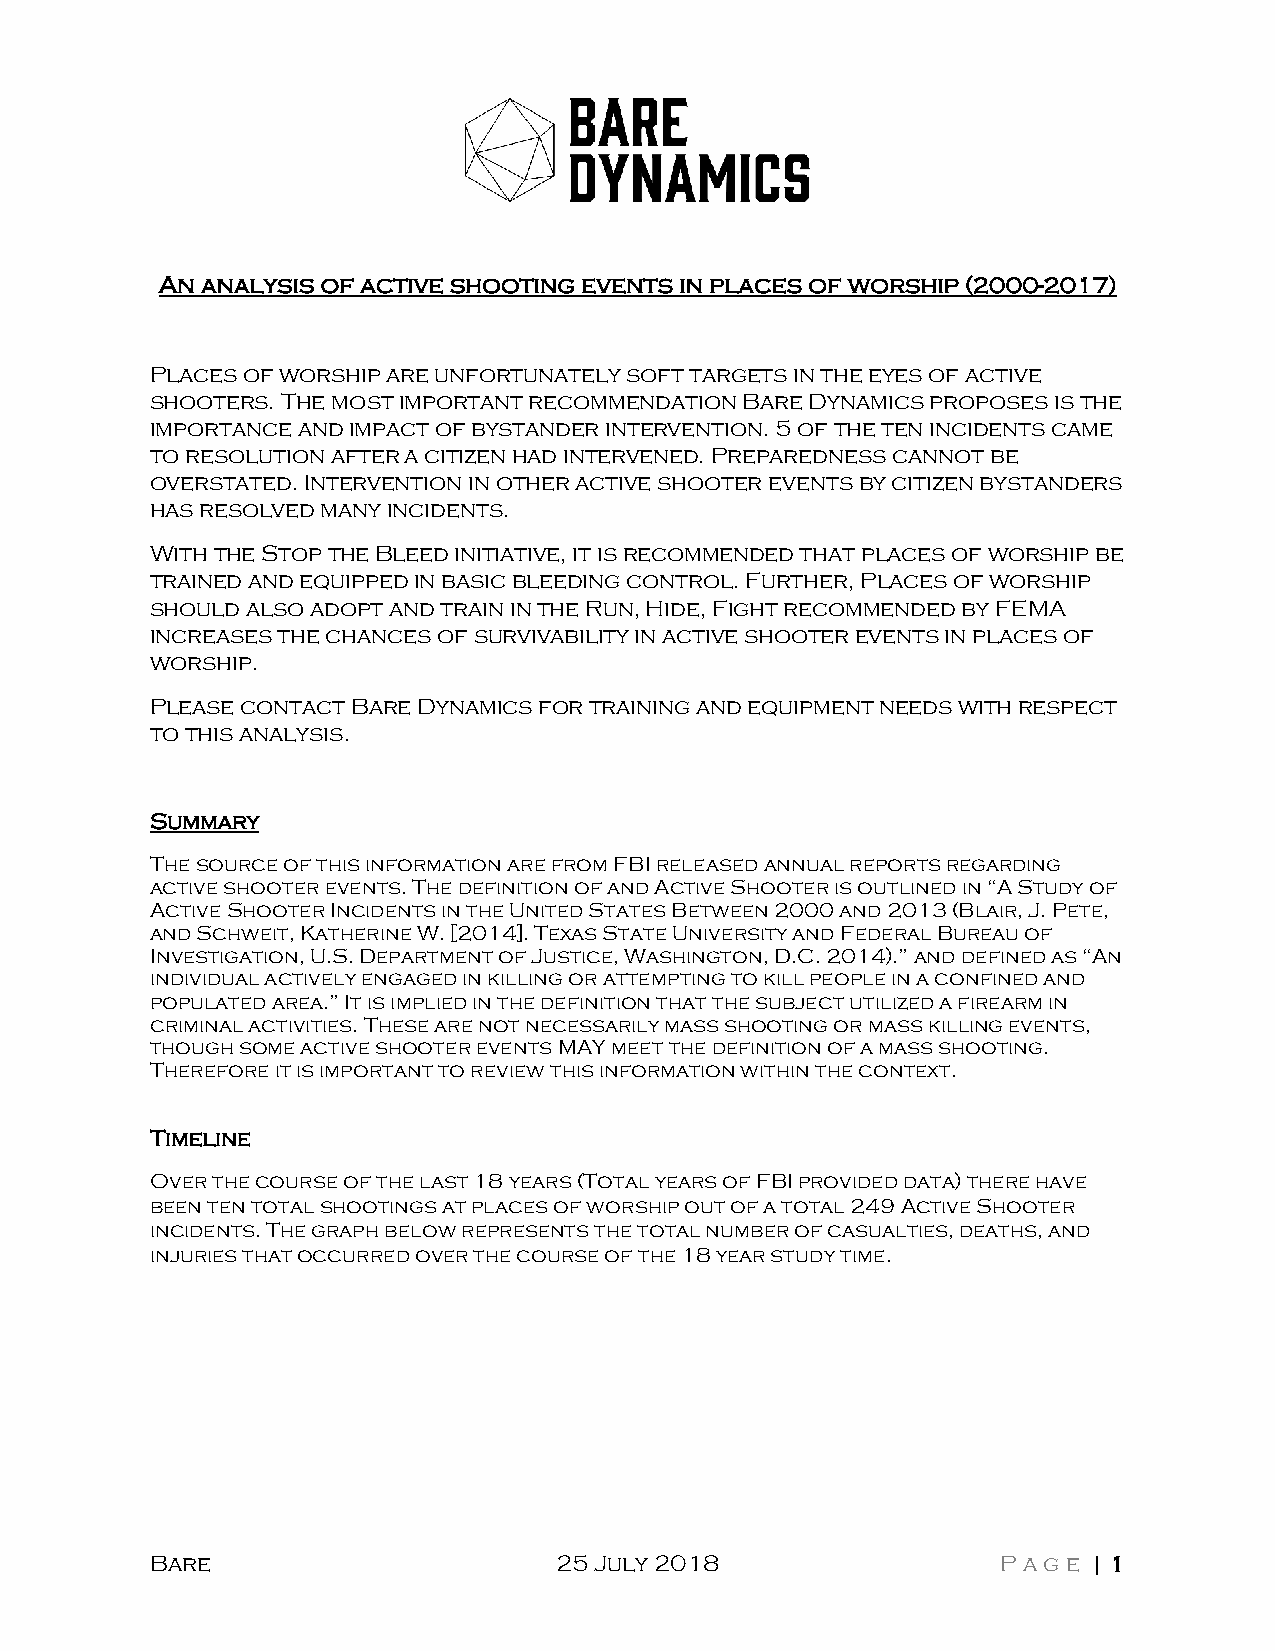
An analysis of active shooting events in places of worship (2000-2017)
 Places of worship are unfortunately soft targets in the eyes of active
 shooters. The most important recommendation Bare Dynamics proposes is the
 importance and impact of bystander intervention. 5 of the ten incidents came
 to resolution after a citizen had intervened. Preparedness cannot be
 overstated. Intervention in other active shooter events by citizen bystanders
 has resolved many incidents.
 With the Stop the Bleed initiative, it is recommended that places of worship be
 trained and equipped in basic bleeding control. Further, Places of worship
 should also adopt and train in the Run, Hide, Fight recommended by FEMA
 increases the chances of survivability in active shooter events in places of
 worship.
 Please contact Bare Dynamics for training and equipment needs with respect
 to this analysis.
 Summary
 The source of this information are from FBI released annual reports regarding
 active shooter events. The definition of and Active Shooter is outlined in “A Study of
 Active Shooter Incidents in the United States Between 2000 and 2013 (Blair, J. Pete,
 and Schweit, Katherine W. [2014]. Texas State University and Federal Bureau of
 Investigation, U.S. Department of Justice, Washington, D.C. 2014).” and defined as “An
 individual actively engaged in killing or attempting to kill people in a confined and
 populated area.” It is implied in the definition that the subject utilized a firearm in
 criminal activities. These are not necessarily mass shooting or mass killing events,
 though some active shooter events MAY meet the definition of a mass shooting.
 Therefore it is important to review this information within the context.
 Timeline
 Over the course of the last 18 years (Total years of FBI provided data) there have
 been ten total shootings at places of worship out of a total 249 Active Shooter
 incidents. The graph below represents the total number of casualties, deaths, and
 injuries that occurred over the course of the 18 year study time.
 Bare                       25 July 2018                 Page  | 1